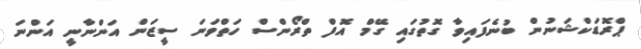
ޕްރޮޑަކްޝަނުން ބުނެފައިވާ ގޮތުގައި ގޭމް އޮފް ތްރޯންސް ހަތްވަނަ ސީޒަން އަންނާނީ އަންނަ